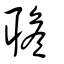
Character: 聸